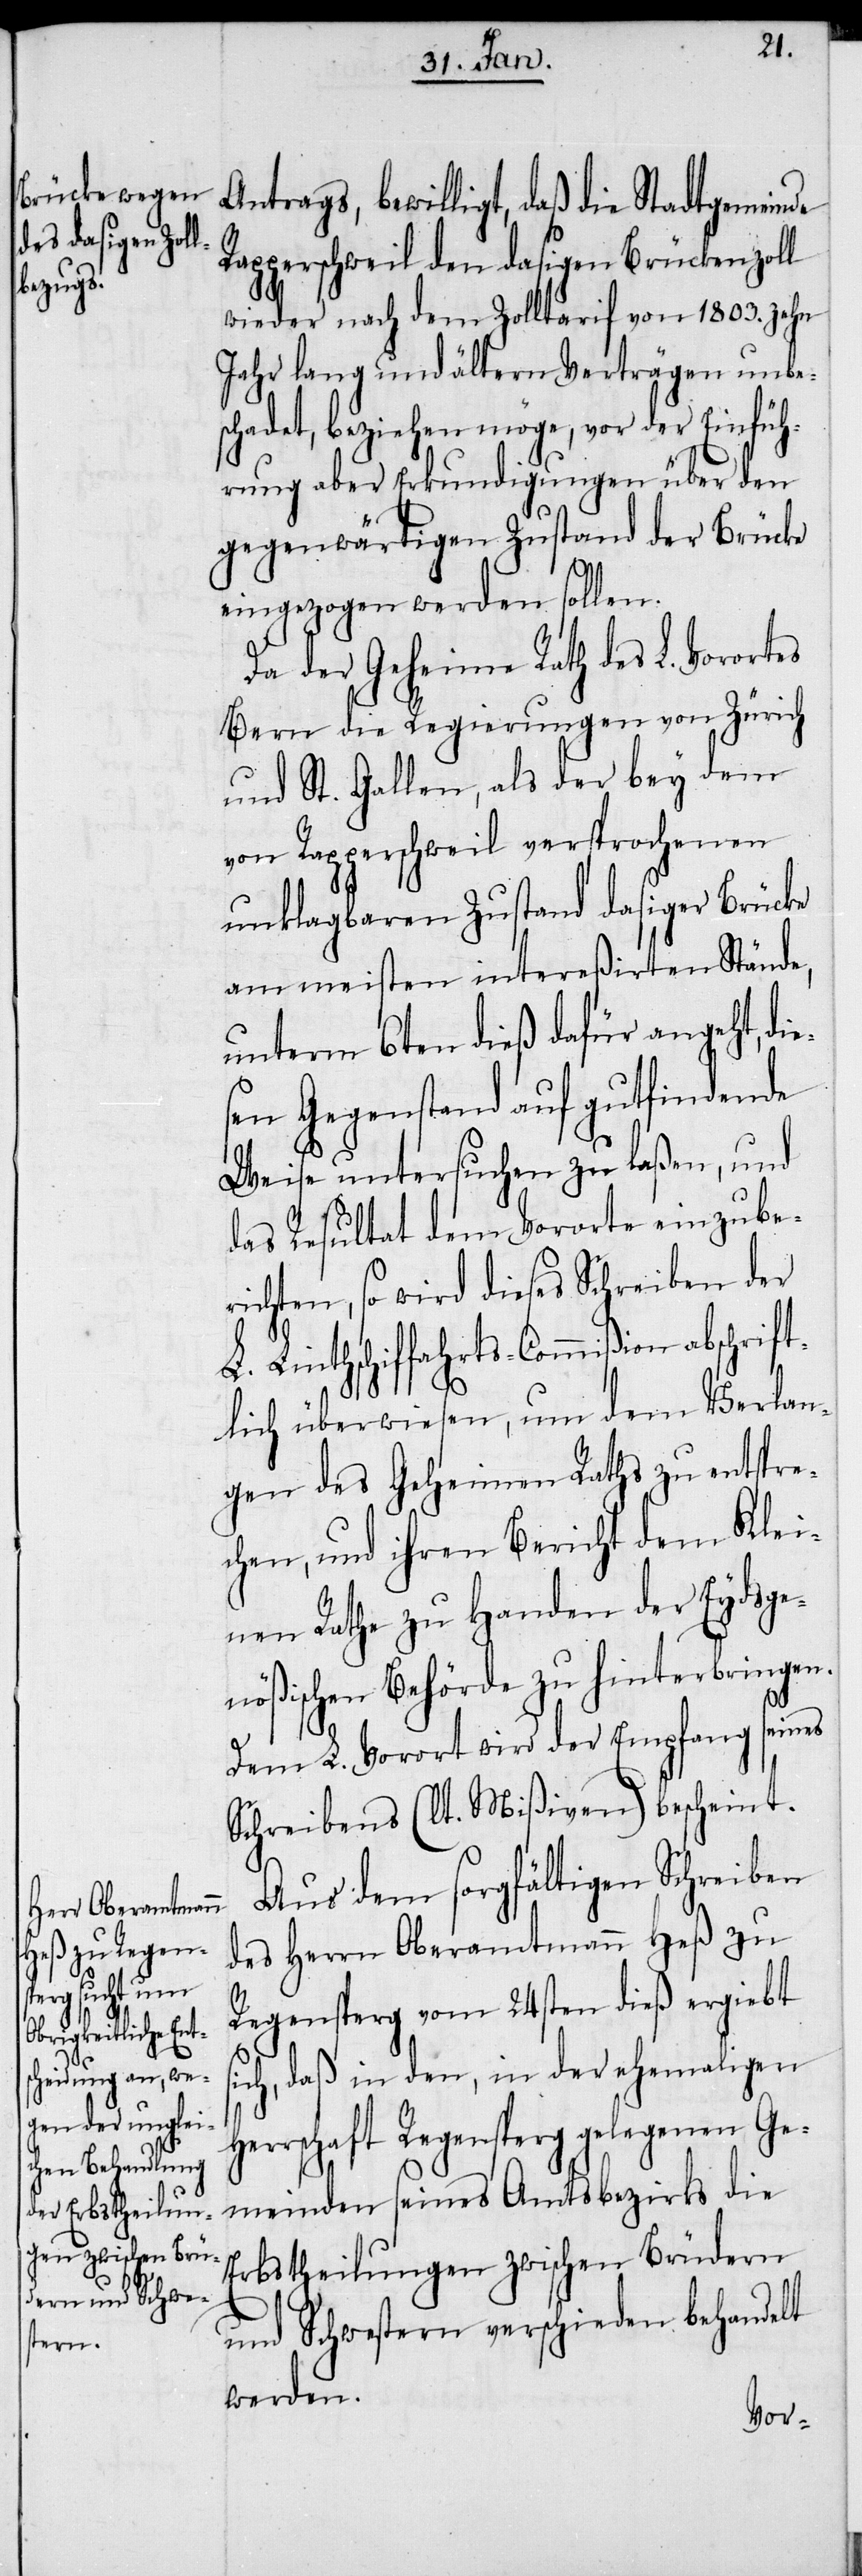
Antrags, bewilligt, daß die Stadtgemeinde
Rapperschweil den dasigen Brückenzoll
wieder nach dem Zolltarif von 1803. zehn
Jahr lang und ältern Verträgen unbes¬
chadet, beziehen möge, vor der Einfüh¬
rung aber Erkundigungen über den
gegenwärtigen Zustand der Brücke
s¬
eingezogen werden sollen.
Da der Geheime Rath des L. Vorortes
Bern die Regierungen von Zürich
und St. Gallen, als der bey dem
von Rapperschweil versprochenen
unklagbaren Zustand dasiger Brücke
am meisten intereßirten Stände,
unterm 6ten dieß dafür angeht, die¬
sen Gegenstand auf gutfindende
Weise untersuchen zu laßen, und
das Resultat dem Vororte einzube¬
richten, so wird dieses Schreiben der
L. Linthschiffahrts-Commißion abschrift¬
lich überwiesen, um dem Verlan¬
gen des Geheimen Raths zu entspre¬
chen, und ihren Bericht dem Klei¬
nen Rathe zu Handen der Eydsge¬
nößischen Behörde zu hinterbringen.
Dem L. Vorort wird der Empfang seines
Schreibens (lt. Mißiven) bescheint.
Aus dem sorgfältigen Schreiben
des Herrn Oberamtmann Heß zu
Regensperg vom 24sten dieß ergiebt
ich, daß in den, in der ehemaligen
rschaft Regensperg gelegenen Ge¬
meinden seines Amtsbezirks die
Erbstheilungen zwischen Brüdern
und Schwestern verschieden behandelt
werden.
Her¬